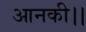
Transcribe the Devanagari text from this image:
आनकी।।